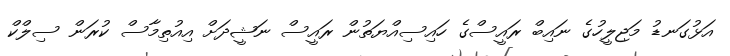
އަޅުގަނޑު މަޖިލީހުގެ ނައިބް ރައީސްގެ ހައިސިއްޔަތުން ރައީސް ނަޝީދަށް އިއުތިމާސް ކުރަން ސިލްކް